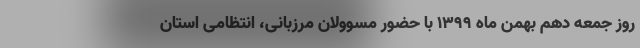
روز جمعه دهم بهمن ماه ۱۳۹۹ با حضور مسوولان مرزبانی، انتظامی استان